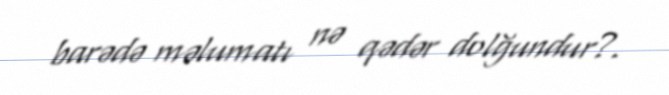
barədə məlumatı nə qədər dolğundur?.